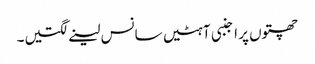
چھتوں پر اجنبی آہٹیں سانس لینے لگتیں۔